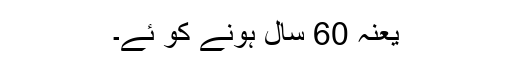
یعنہ 60 سال ہونے کو ؔئے۔